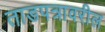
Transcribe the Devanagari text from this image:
ताडपत्रावरील